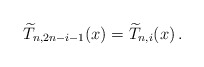
\begin{align*}\widetilde{T}_{n,2n-i-1}(x) = \widetilde{T}_{n,i}(x)\,.\end{align*}